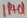
Text: IP+01